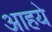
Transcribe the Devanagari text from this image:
आहये